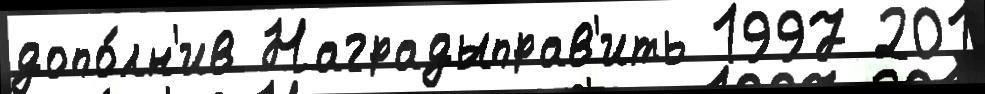
допо́лн'ив Наградыправ'ить 1997 201